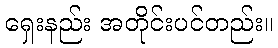
ရှေးနည်း အတိုင်းပင်တည်း။